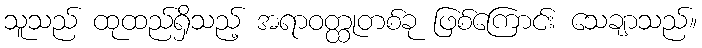
သူသည် ထုထည်ရှိသည့် အရာဝတ္ထုတစ်ခု ဖြစ်ကြောင်း သေချာသည်။